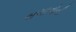
બચાવોની